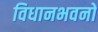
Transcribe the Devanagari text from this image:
विधानभवनों